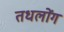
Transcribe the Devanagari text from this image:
तधलोंग